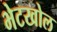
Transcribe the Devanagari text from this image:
भेटखोल